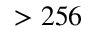
> 2 5 6